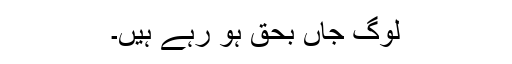
لوگ جاں بحق ہو رہے ہیں۔